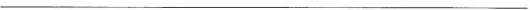
___